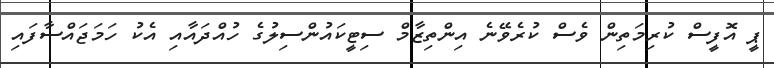
ޕީ އޮފީސް ކުރިމަތިން ވެސް ކުރެވޭނެ އިންތިޒާމް ސިޓީކައުންސިލުގެ ހުއްދައާއި އެކު ހަމަޖައްސާފައި